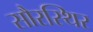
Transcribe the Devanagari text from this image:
सौरस्थिर